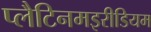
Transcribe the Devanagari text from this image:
प्लैटिनमइरीडियम